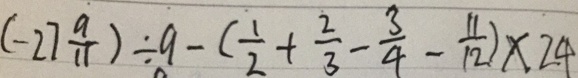
( - 2 7 \frac { 9 } { 1 1 } ) \div 9 - ( \frac { 1 } { 2 } + \frac { 2 } { 3 } - \frac { 3 } { 4 } - \frac { 1 1 } { 1 2 } ) \times 2 4